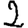
Digit: 2